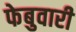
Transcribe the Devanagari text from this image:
फेबुवारी